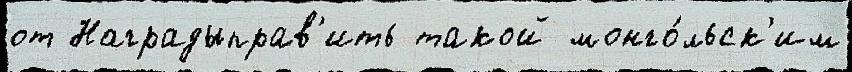
от Наградыправ'ить такой монго́льск'им